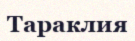
Тараклия